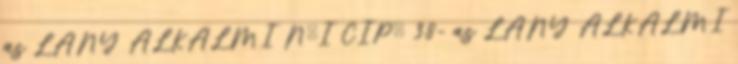
as LÁNY ALKALMI NŐI CIPŐ 38- as LÁNY ALKALMI